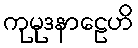
ကုမုဒနာဠေဟိ